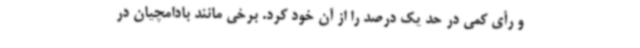
و رأی کمی در حد یک درصد را از آن خود کرد. برخی مانند بادامچیان در